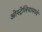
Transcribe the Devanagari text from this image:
ओस्ट्रेलियामध्ये